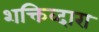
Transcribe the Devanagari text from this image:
शक्तिव्दारा